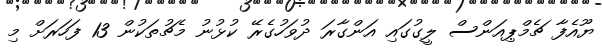
ޔޫއެފާ ޗެމްޕިއަންސް ލީގުގައި އަންގާރަ ދުވަހުގެރޭ ކުޅުނު މެޗުތަކުން 13 ފަހަރަށް މި